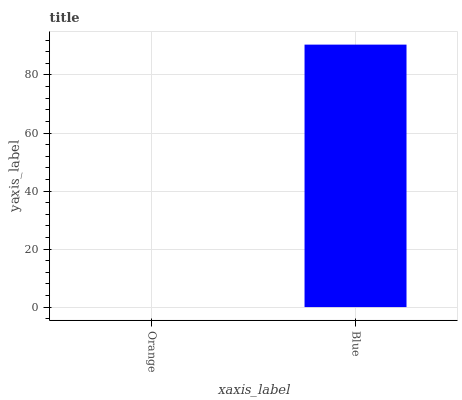
| xaxis_label | bars |
 | --- | --- |
 | Orange | 0 |
 | Blue | 90.5 |